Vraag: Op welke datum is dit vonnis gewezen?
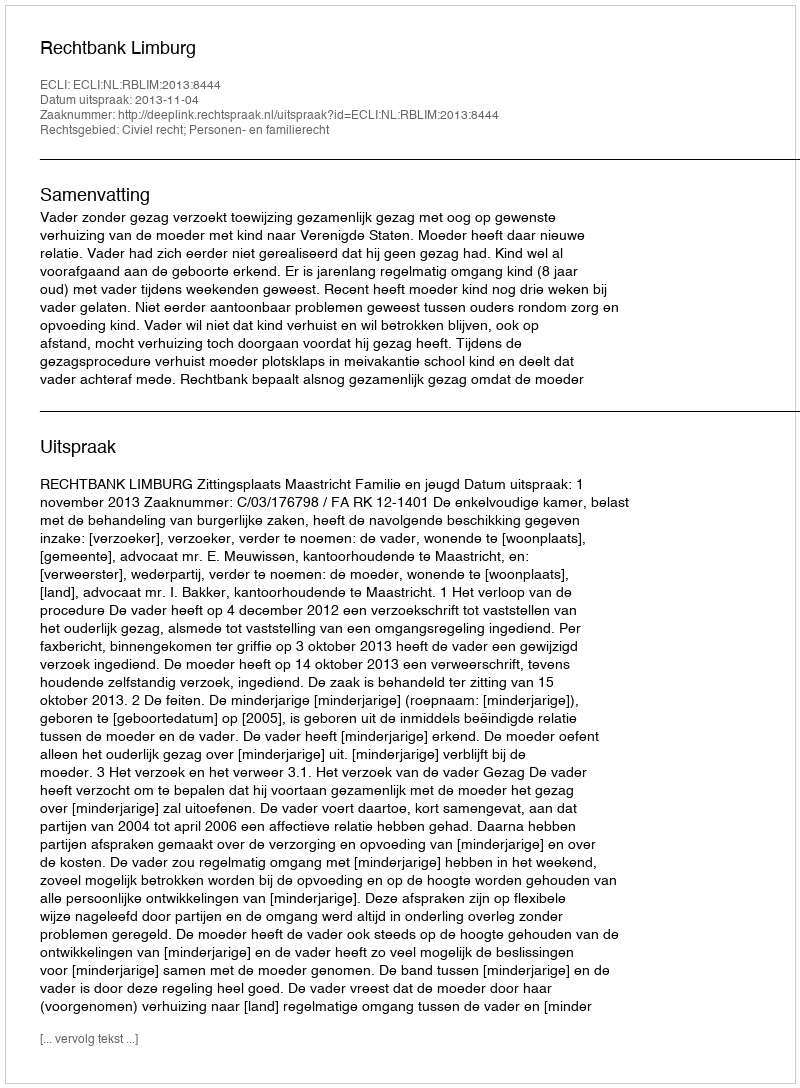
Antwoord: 2013-11-04